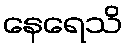
နေရေသိ